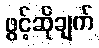
ဖွင့်ဆိုချက်